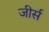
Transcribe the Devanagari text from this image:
जीर्स